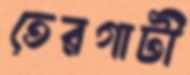
তেরগাটী